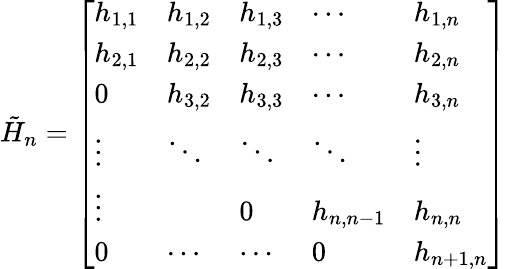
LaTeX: {\tilde{H}}_{n}={\left[\begin{array}{lllll}{h_{1,1}}&{h_{1,2}}&{h_{1,3}}&{\cdots}&{h_{1,n}}\\ {h_{2,1}}&{h_{2,2}}&{h_{2,3}}&{\cdots}&{h_{2,n}}\\ {0}&{h_{3,2}}&{h_{3,3}}&{\cdots}&{h_{3,n}}\\ {\vdots}&{\ddots}&{\ddots}&{\ddots}&{\vdots}\\ {\vdots}&{}&{0}&{h_{n,n-1}}&{h_{n,n}}\\ {0}&{\cdots}&{\cdots}&{0}&{h_{n+1,n}}\end{array}\right]}